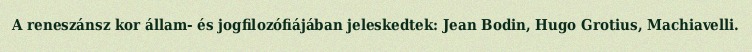
A reneszánsz kor állam- és jogfilozófiájában jeleskedtek: Jean Bodin, Hugo Grotius, Machiavelli.